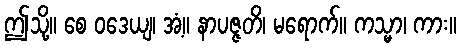
ဤသို့။ စေ ဝဒေယျ၊ အံ့။ နာပဇ္ဇတိ၊ မရောက်။ ကသ္မာ၊ ကား။